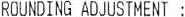
ROUNDING ADJUSTMENT :